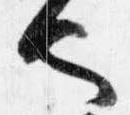
也